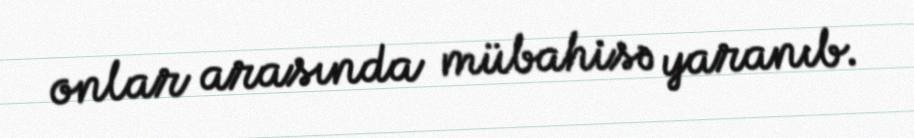
onlar arasında mübahisə yaranıb.